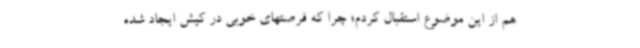
هم از این موضوع استقبال کردم؛ چرا که فرصتهای خوبی در کیش ایجاد شده